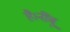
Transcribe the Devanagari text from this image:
है।नींबू